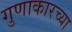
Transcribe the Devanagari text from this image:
गुणाकारच्या